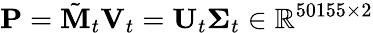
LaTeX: \mathbf{P}=\tilde{\mathbf{M}}_{t}\mathbf{V}_{t}=\mathbf{U}_{t}\boldsymbol{\Sigma}_{t}\in\mathbb{R}^{50155\times 2}